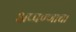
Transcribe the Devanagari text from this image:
अप्पण्णाचा